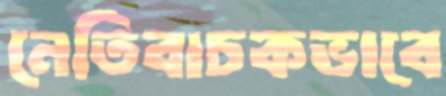
নেতিবাচকভাবে